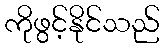
ကိုဖွင့်နိုင်သည်